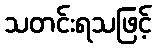
သတင်းရသဖြင့်